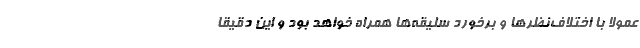
عمولاً با اختلاف‌نظرها و برخورد سلیقه‌ها همراه خواهد بود و این دقیقاً